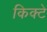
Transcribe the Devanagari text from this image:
किक्टे